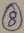
Text: 8